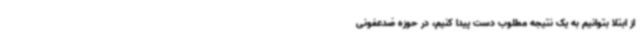
از ابتلا بتوانیم به یک نتیجه مطلوب دست پیدا کنیم، در حوزه ضدعفونی